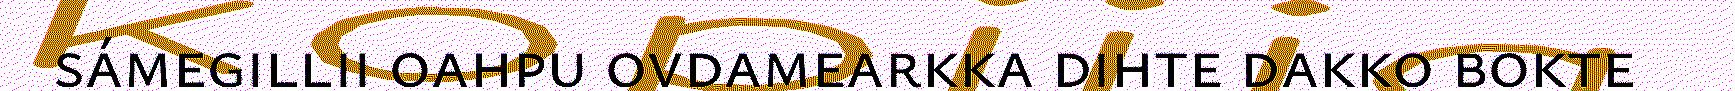
sámegillii oahpu ovdamearkka dihte dakko bokte